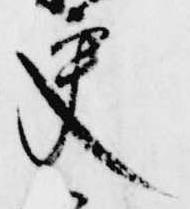
交